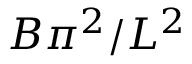
B \pi ^ { 2 } / L ^ { 2 }